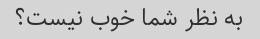
به نظر شما خوب نیست؟